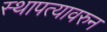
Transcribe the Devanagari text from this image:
स्थापत्यावरुन